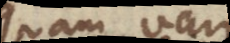
quam a